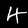
Digit: 4